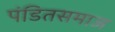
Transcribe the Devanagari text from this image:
पंडितसमाज